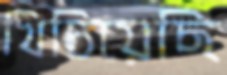
খিচিয়েছি